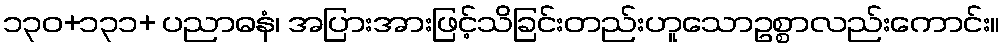
၁၃၀+၁၃၁+ ပညာဓနံ၊ အပြားအားဖြင့်သိခြင်းတည်းဟူသောဥစ္စာလည်းကောင်း။